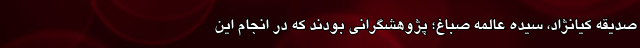
صدیقه کیانژاد، سیده عالمه صباغ؛ پژوهشگرانی بودند که در انجام این